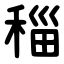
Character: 䅔